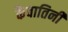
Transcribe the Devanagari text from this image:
कैवातिनी